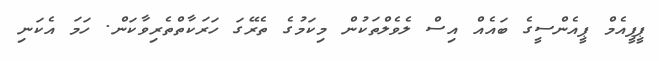
ޕީޕީއެމް ޕީއެންސީގެ ބައެއް އިސް ލެވެލްތަކުން މިކަމުގެ ތެރޭގަ ހަރަކާތްތެރިވާކަން. ހަމަ އެކަނި